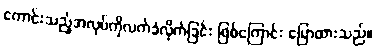
ကောင်းသည့်အလုပ်ကိုလက်ခံလိုက်ခြင်း ဖြစ်ကြောင်း ပြောထားသည်။